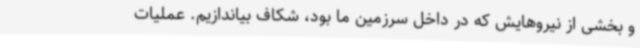
و بخشی از نیروهایش که در داخل سرزمین ما بود، شکاف بیاندازیم. عملیات